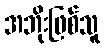
အဘိုးဖြစ်သူ